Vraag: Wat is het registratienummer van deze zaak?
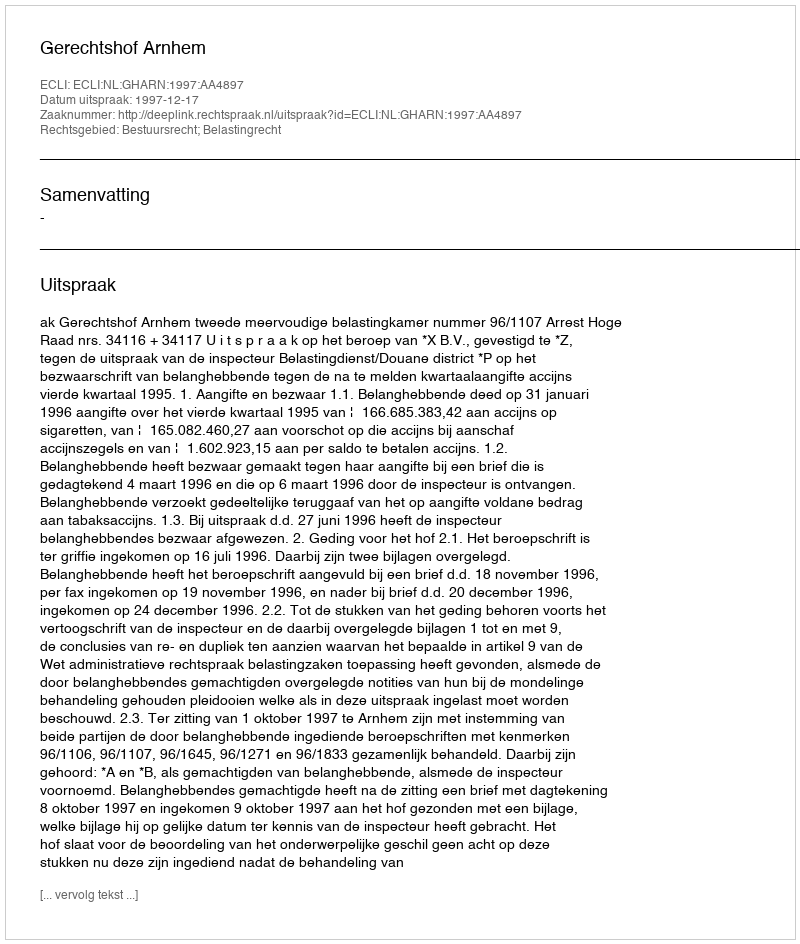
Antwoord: http://deeplink.rechtspraak.nl/uitspraak?id=ECLI:NL:GHARN:1997:AA4897